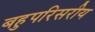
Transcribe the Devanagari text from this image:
बहुपरिसरीय